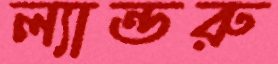
ল্যান্ডরু